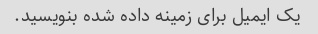
یک ایمیل برای زمینه داده شده بنویسید.